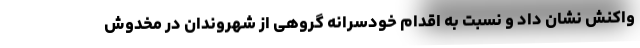
واکنش نشان داد و نسبت به اقدام خودسرانه گروهی از شهروندان در مخدوش